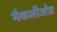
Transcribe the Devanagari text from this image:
मैकलीओड